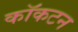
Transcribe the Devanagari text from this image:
कॉकटन